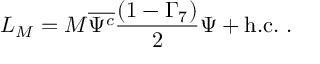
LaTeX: L _ { M } = M \overline { { { \Psi ^ { c } } } } \frac { ( 1 - \Gamma _ { 7 } ) } { 2 } \Psi + \mathrm { h . c . } ~ .